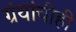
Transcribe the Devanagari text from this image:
ग्रंथांचीही